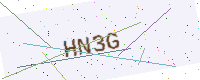
Text: HN3G